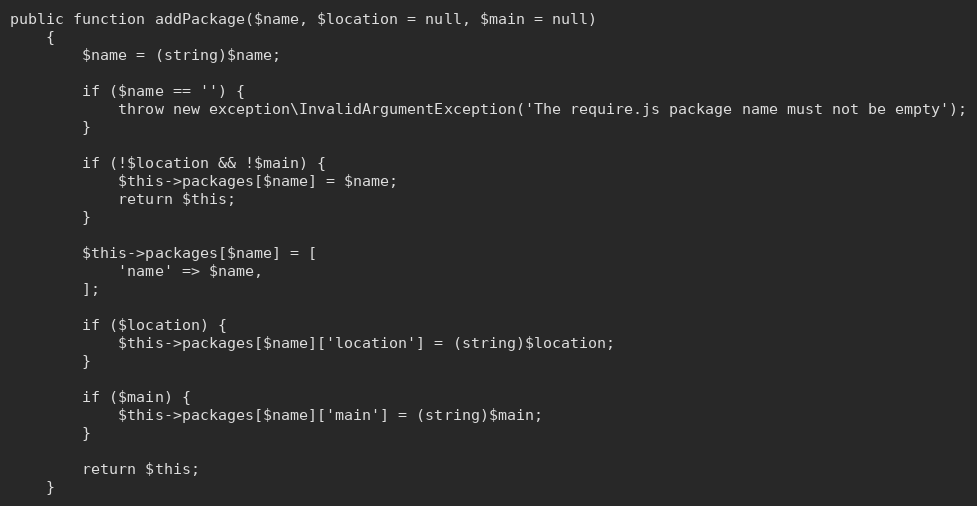
Language: PHP
public function addPackage($name, $location = null, $main = null)
    {
        $name = (string)$name;

        if ($name == '') {
            throw new exception\InvalidArgumentException('The require.js package name must not be empty');
        }

        if (!$location && !$main) {
            $this->packages[$name] = $name;
            return $this;
        }

        $this->packages[$name] = [
            'name' => $name,
        ];

        if ($location) {
            $this->packages[$name]['location'] = (string)$location;
        }

        if ($main) {
            $this->packages[$name]['main'] = (string)$main;
        }

        return $this;
    }